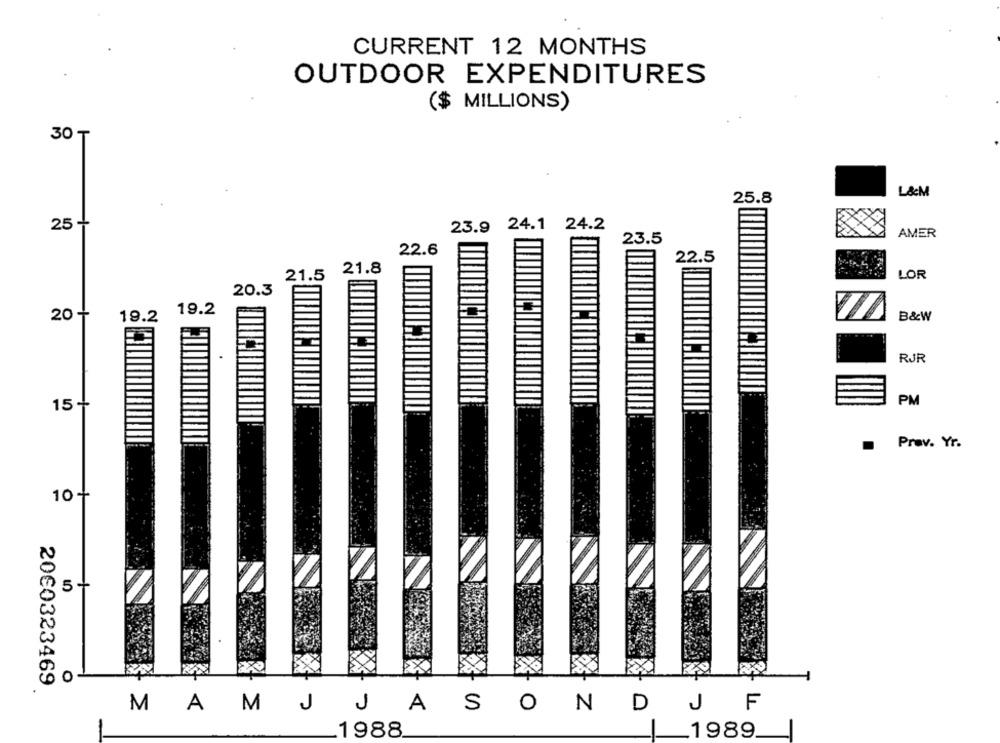
CURRENT 12 MONTHS
OUTDOOR EXPENDITURES
($ MILLIONS)
30
L&M
25.8
25 +
23.9 24.1 24.2
AMER
23.5
22.6
22.5
21.5
21.8
LOR
20.3
19.2
20 +
19.2
B&W
RJR
15 +
PM
Prav. Yr.
10+
O
20€0323469
F
MAMJ
J
ASOND
J
1988
1989